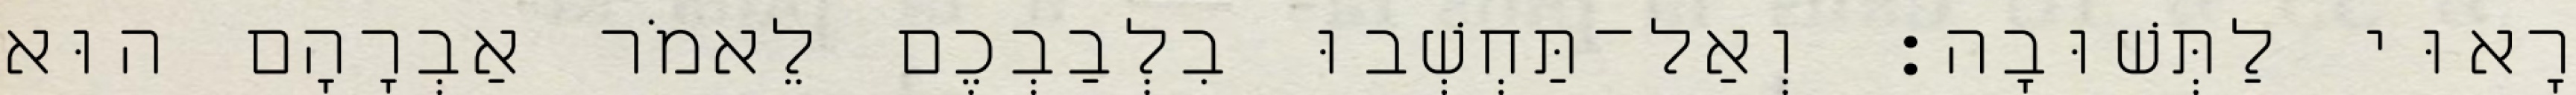
רָאוּי לַתְּשׁוּבָה׃ וְאַל־תַּחְשְׁבוּ בִלְבַבְכֶם לֵאמֹר אַבְרָהָם הוּא